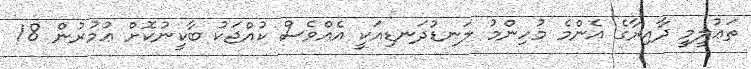
ތަޢުލީމީ ދާއިރާގެ އެންމެ މުހިންމު ލަނޑުދަނޑިއަކީ އެއްވެސް ކުއްޖަކު ބާކީނުކޮށް ޢުމުރުން 18